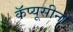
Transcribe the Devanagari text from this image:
कॅप्यूसीनो